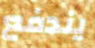
يندفع